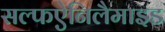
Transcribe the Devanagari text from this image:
सल्फऐनिलैमाइड